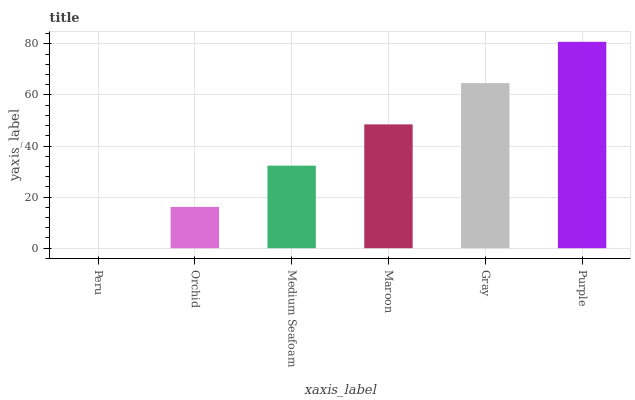
| xaxis_label | bars |
 | --- | --- |
 | Peru | 0 |
 | Orchid | 16.2 |
 | Medium Seafoam | 32.3 |
 | Maroon | 48.5 |
 | Gray | 64.6 |
 | Purple | 80.8 |